King Institute of Preventive Medicine Micro-Biological Section reports 1909-11
Year: 1909
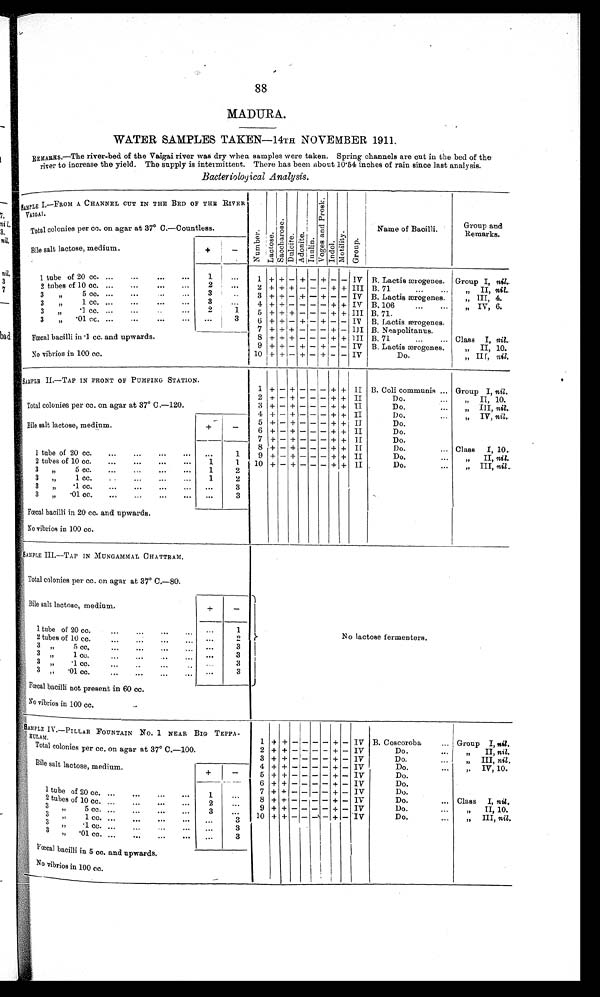
88
MADURA.
WATER SAMPLES TAKEN—14TH NOVEMBER 1911.
Remarks.—The river-bed of the Vaigai river was dry when samples were taken. Spring channels are out in the bed of the
river to increase the yield. The supply is intermittent. There has been about 10.54 inches of rain since last analysis.
Bacteriological Analysis.
SAMPLE
1.— F R O M A C H A N N E L C U T I N T H E B E D O F T H E R I V E R
VAIGAI.
N u m b e r . Lactose.
Sacchar ose.
Du l c i t e . Adoni te.
Inul i n.
V o g e s a n d P r o s k .
Indol . Motility. Group.
Name of Bacilli.
Group and
Remarks.
Total colonies per cc. on agar at 37° C.—Countless.
Bile salt lactose, medium.
+
-
1 tube of 20 cc.
.
.
.
1
. . .
1
+ +
- +
- +
-
- IV
B. Lactis ærogenes.
Group I, nil.
2
. . .
2 tubes of 10 cc. . . .
2 + + +
-
- - + +
I I I B.71. . .
" I I ,n
i l .
3
3 " 5 cc. . . .
. . .
3 + +
- +
- +
-
- IV B. Lactis ærogenes.
" III, 4.
3
3 " 1 cc. . . .
. . .
4 + +
-
-
- - + +
I V B. 106. . .
" IV, 6.
3 " . 1 c c . . . .
2
1
5 +
+
+
-
- -
+
+
I I IB. 71. . . .
3 " . 0 1 c c . . . .
. . .
3
6 +
+
-
+
- +
-
- IV
B. Lactis ærogenes.
Fœcal bacilli in .1 cc. and upwards.
7 +
+
+
-
- - +
-
I I I B. Neapolitanus.
8 + + +
-
- - + + III B. 71
...
... Class
I, nil.
9 + +
- +
- +
-
- IV
B. Lactis ærogenes.
" II, 10.
No vibrios in 100 cc.
10 + +
-
+
- +
-
- IV
" III, nil.
Do.
SAMPLE II.—TAP IN FRONT OF PUMPING STATION.
1 +
- +
-
-
- +
+
I I B. Coli communis. . . Group I, nil.
Total colonies per cc. on agar at 37° C.—120.
2
+
-
+
-
-
-
+
+ II
Do. . . .
" II, 10.
3 +
- +
-
-
- + + II
Do. . . .
" I I I ,n
i l .
4
+
-
+
-
-
-
+
+ II
Do. . . .
"
I V ,
n i l .
Bile salt lactose, medium.
+
-
5
+
-
+
-
-
-
+
+ II
Do. . . .
6 +
- +
-
-
- + + II
Do. . . .
7
+
-
+
-
-
-
+
+
I I
Do. . . .
8
+
-
+
-
-
-
+ + II
Do. . . .
Class I, 10.
1 tube of 20 cc. . . .
. . .
1
9
+
- +
-
-
- + + II
Do. . . .
" II, nil.
2 tubes of 10 cc. . . .
1
1
10 +
- +
-
-
- + + II
Do. . . .
" III nil .
3 "
5 cc. . . .
1
2
3 " 1cc. . . .
1
2
3 " .1 cc. . . .
. . .
3
3 " .01 cc. . . .
. . .
3
Fœcal bacilli in 20 cc. and upwards.
No vibrios in 100 cc.
SAMPLE III.—TAP IN MUNGAMMAL CHATTRAM.
N o l a c t o s e f e r m e n t e r s .
Total colonies per cc. on agar at 37° C.—80.
Bile salt lactose, medium.
+
-
1 tube of 20 cc. . . .
. . .
1
2
2 tubes of 10 cc. . . .
. . .
3 " 5 cc. . . .
. . .
3
3
3 " 1cc. . . .
. . .
3 " . 1 c c . . . .
. . .
3
3 " . 0 1 c c . . . .
. . .
3
Fœcal bacilli not present in 60 cc.
No vibrios in 100 cc.
SAMPLE IV.—PILLAR FOUNTAIN NO. 1 NEAR BIG TEPPA
-
K U L A M .
1 + +
-
-
-
- +
- IV B. Coscoroba . . .
Group
I, nil .
Total colonies per cc. on agar at 37° C.—100.
2 + +
-
-
-
- +
- IV
Do. . . .
" II, nil .
3 + +
-
-
-
-
+
- IV
Do. . . .
" III, nil .
Bile salt lactose, medium.
+
-
" IV, 10.
4 + +
-
-
-
- +
- IV
Do. . . .
5 + +
-
-
-
- +
-
I V
Do. . . .
6
+
+
-
-
-
-
+
- IV
Do. . . .
1 tube of 20 cc. . . .
1
. . .
7 + +
-
-
-
- +
- 1V
Do. . . .
8 + +
-
- -
- +
- IV
Do.
. . .
C l a s s I ,n
i l .
. . .
2 tubes of 10 cc. . . .
2
9 + +
-
-
- - +
- IV
Do. . . .
" II, 10.
3 " 5 cc. . . .
3
. . .
10 + +
-
-
- - +
- IV
Do. . . .
" III,
n i l .
3 " 1 c c . . . .
. . .
3
3 " . 1 c c . . . .
3
. . .
3 " .01 cc. . . .
. . .
3
Fœcal bacilli in 5 cc. and upwards.
No vibrios in 100 cc.